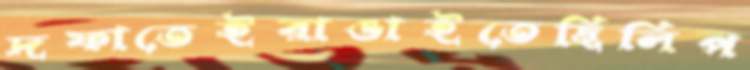
দফাতেইরাঙাইতেছিলিপ